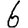
Digit: 6